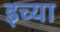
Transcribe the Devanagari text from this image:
इच्या